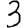
Digit: 3